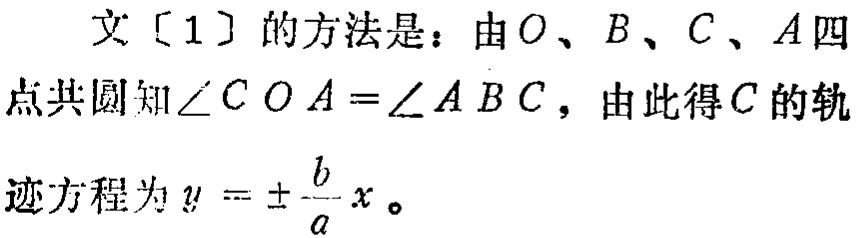
文[1]的方法是：由\(O\)、\(B\)、\(C\)、\(A\)四点共圆知\(\angle COA = \angle ABC\)，由此得\(C\)的轨迹方程为\(y = \pm\frac{b}{a}x\)。